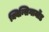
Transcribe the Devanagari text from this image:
क्विन्सिगामोंड